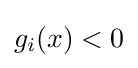
g_{i}(x)<0